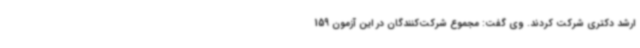
ارشد دکتری شرکت کردند. وی گفت: مجموع شرکت‌کنندگان در این آزمون 159